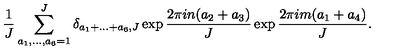
\frac { 1 } { J } \sum _ { a _ { 1 } , \ldots , a _ { 6 } = 1 } ^ { J } \delta _ { a _ { 1 } + \ldots + a _ { 6 } , J } \exp \frac { 2 \pi i n ( a _ { 2 } + a _ { 3 } ) } { J } \exp \frac { 2 \pi i m ( a _ { 1 } + a _ { 4 } ) } { J } .